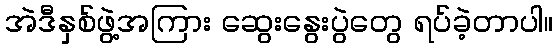
အဲဒီနှစ်ဖွဲ့အကြား ဆွေးနွေးပွဲတွေ ရပ်ခဲ့တာပါ။